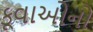
કૂવાઓનો